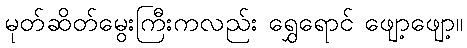
မုတ်ဆိတ်မွေးကြီးကလည်း ရွှေရောင် ဖျော့ဖျော့။